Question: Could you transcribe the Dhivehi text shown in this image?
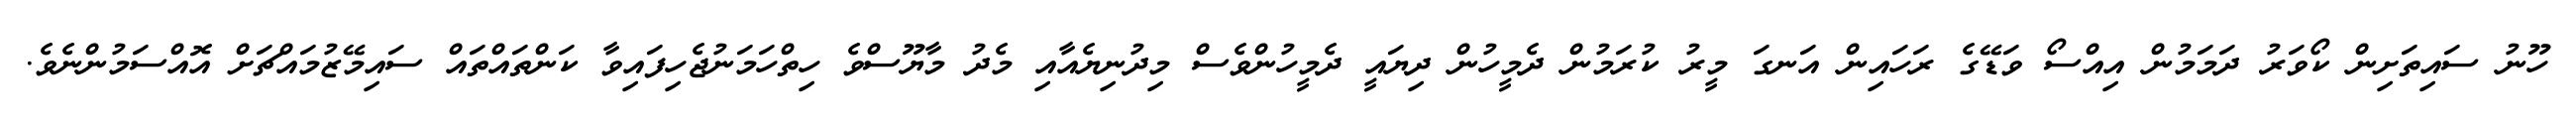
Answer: ހޫނު ސައިތަށިން ކޯވަރު ދަމަމުން އިއްސޯ ވަޑޭގެ ރަހައިން އަނގަ މީރު ކުރަމުން ދެމީހުން ދިޔައީ ދެމީހުންވެސް މިދުނިޔެއާއި މެދު މާޔޫސްވެ ހިތްހަމަނުޖެހިފައިވާ ކަންތައްތައް ސައިމޭޒުމައްޗަށް އޮއްސަމުންނެވެ.